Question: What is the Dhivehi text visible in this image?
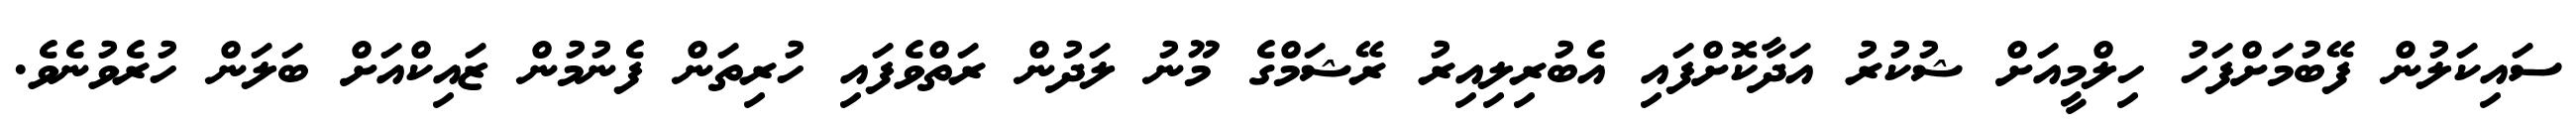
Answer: ސައިކަލުން ފޭބުމަށްފަހު ހިލްމީއަށް ޝުކުރު އަދާކޮށްފައި އެބުރިލިއިރު ރޭޝަމްގެ މޫނު ލަދުން ރަތްވެފައި ހުރިތަން ފެނުމުން ޒައިކްއަށް ބަލަން ހުރެވުނެވެ.